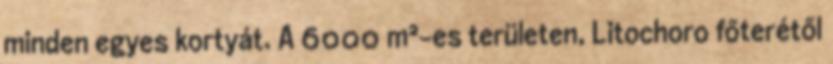
minden egyes kortyát. A 6000 m²-es területen, Litochoro főterétől